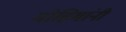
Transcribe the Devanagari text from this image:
मोहिमांनी